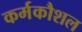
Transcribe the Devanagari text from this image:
कर्मकौशल